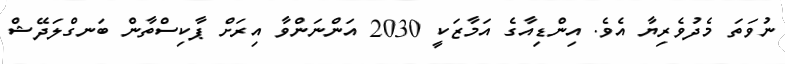
ނުވަތަ މެދުވެރިޔާ އެވެ. އިންޑިއާގެ އަމާޒަކީ 2030 އަންނަންވާ އިރަށް ޕާކިސްތާން ބަނގްލަދޭޝް